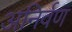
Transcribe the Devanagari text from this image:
अनिर्वण